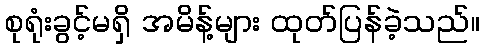
စုရုံးခွင့်မရှိ အမိန့်များ ထုတ်ပြန်ခဲ့သည်။